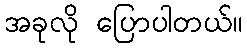
အခုလို ပြောပါတယ်။